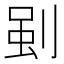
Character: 𭃳